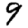
Digit: 9